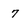
Character: 7